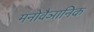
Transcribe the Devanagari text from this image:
मनोवैञानिक